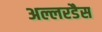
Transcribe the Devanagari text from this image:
अल्लरडैस